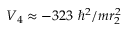
V _ { 4 } \approx - 3 2 3 ~ \hbar ^ { 2 } / m r _ { 2 } ^ { 2 }